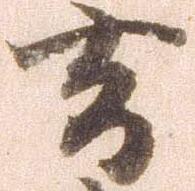
去